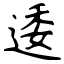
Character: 逶